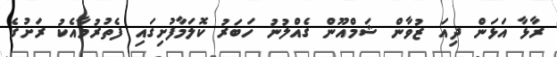
ރާޅާ އަޅަން ދިއަ ޒުވާން ޝަމްއޫން ގެއްލުނު ހަބަރު ކޮލަމާފުށިގައި ފެތުރުމާއެކު ރަށުގެ